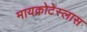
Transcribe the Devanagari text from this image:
मायक्रोटेस्लास